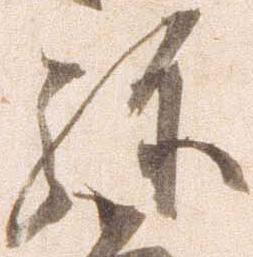
弥